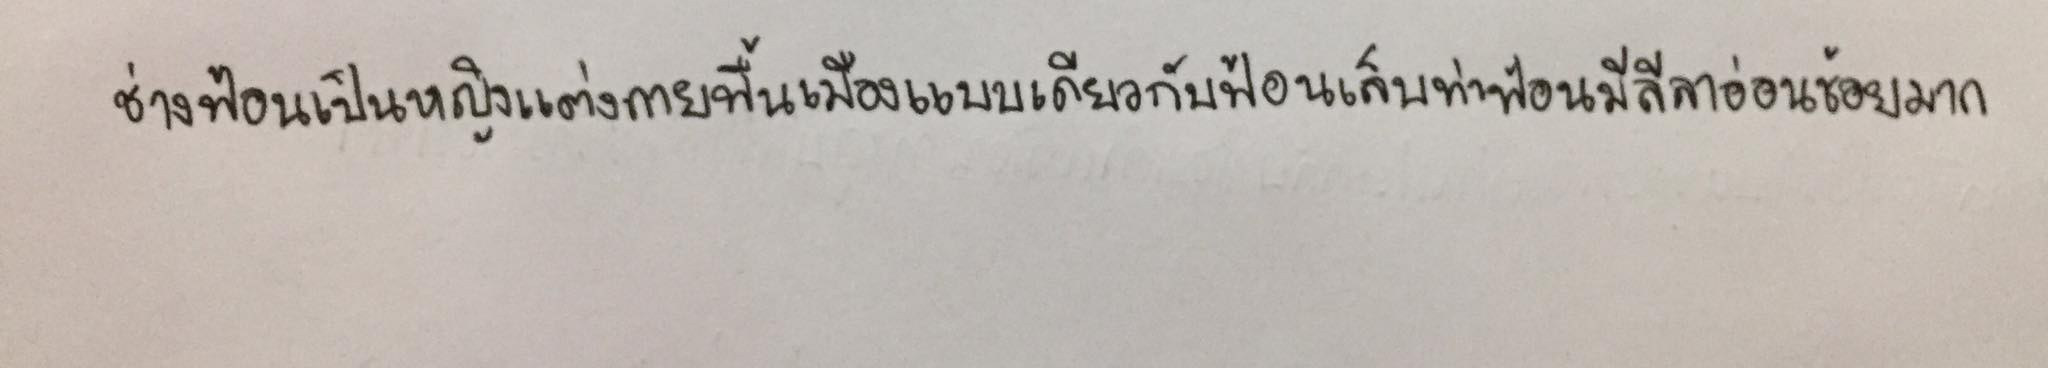
ช่างฟ้อนเป็นหญิงแต่งกายพื้นเมืองแบบเดียวกับฟ้อนเล็บท่าฟ้อนมีลีลาอ่อนช้อยมาก